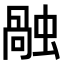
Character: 𧎏